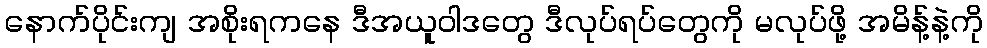
နောက်ပိုင်းကျ အစိုးရကနေ ဒီအယူဝါဒတွေ ဒီလုပ်ရပ်တွေကို မလုပ်ဖို့ အမိန့်နဲ့ကို